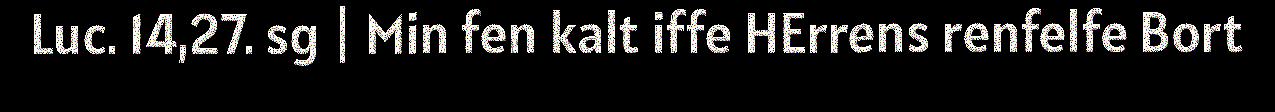
Luc. 14,27. sg | Min fen kalt iffe HErrens renfelfe Bort